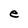
Character: e